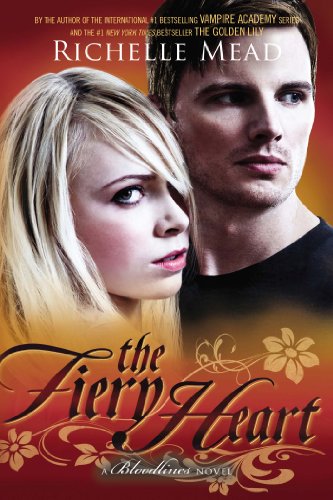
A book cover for The Fiery Heart: A Bloodlines Novel; Richelle Mead; Teen & Young Adult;